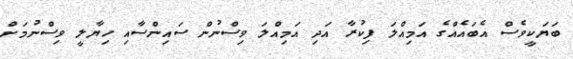
ބަޔަކީވެސް އެބައެއްގެ އަމިއްލަ ފިކުރާ އަދި އަމިއްލަ ވިސްނުން ސައިންސާއި ހިޔާލީ ވިސްނުމަށް